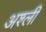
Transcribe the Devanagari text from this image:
अश्ली